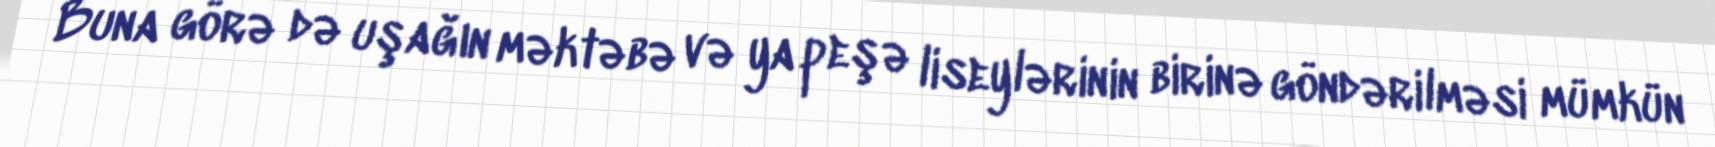
Buna görə də uşağın məktəbə və ya peşə liseylərinin birinə göndərilməsi mümkün